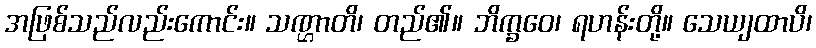
အဖြစ်သည်လည်းကောင်း။ သဏ္ဌာတိ၊ တည်၏။ ဘိက္ခဝေ၊ ရဟန်းတို့။ သေယျထာပိ၊